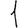
Digit: 1